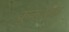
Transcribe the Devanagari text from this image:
क्रुकशैक